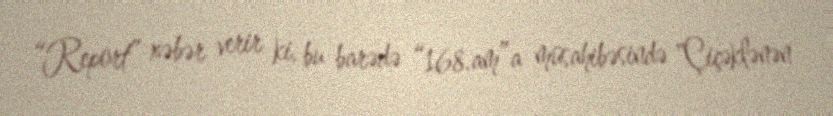
“Report” xəbər verir ki, bu barədə “168.am”a müsahibəsində "Çiçəklənən